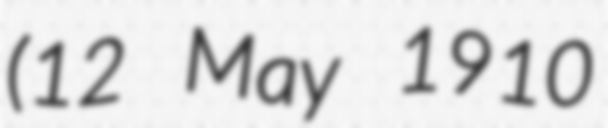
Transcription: (12 May 1910